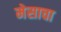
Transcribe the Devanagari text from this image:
मेसाचा